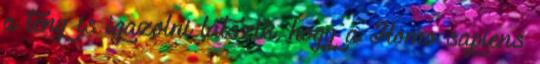
a tény is igazolni látszik, hogy a Homo sapiens